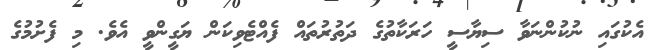
އެކުގައި ނުކުންނަވާ ސިޔާސީ ހަރަކާތުގެ ދަތުރުތައް ފެއްޓެވިކަން ޔަގީންވީ އެވެ. މި ފެށުމުގެ